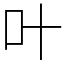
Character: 叶